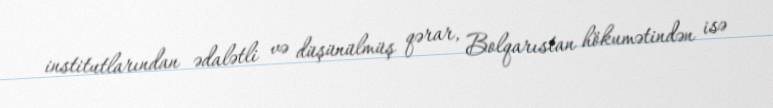
institutlarından ədalətli və düşünülmüş qərar, Bolqarıstan hökumətindən isə